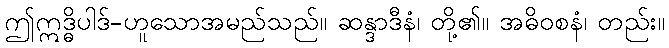
ဤဣဒ္ဓိပါဒ်-ဟူသောအမည်သည်။ ဆန္ဒာဒီနံ၊ တို့၏။ အဓိဝစနံ၊ တည်း။